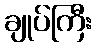
ချုပ်ကြီး